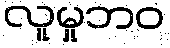
လူမှုဘဝ